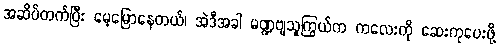
အဆိပ်တက်ပြီး မေ့မြောနေတယ်၊ အဲဒီအခါ မဏ္ဍဗျသူကြွယ်က ကလေးကို ဆေးကုပေးဖို့